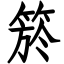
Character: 箊